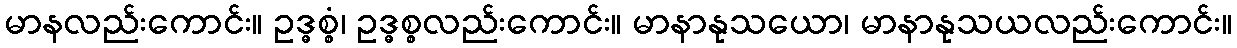
မာနလည်းကောင်း။ ဥဒ္ဓစ္စံ၊ ဥဒ္ဓစ္စလည်းကောင်း။ မာနာနုသယော၊ မာနာနုသယလည်းကောင်း။